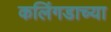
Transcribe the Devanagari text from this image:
कलिंगडाच्या